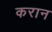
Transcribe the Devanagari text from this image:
करान